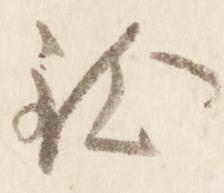
致